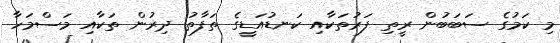
މި ކަމުގެ ސަބަބުން ރީތި ފަރުތަކާއި ކަނޑުއަޑީގެ ތަފާތު ދިރުން ތަކާއި މަސްމަހާ